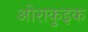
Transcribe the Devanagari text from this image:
ओराकुइक